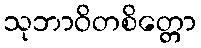
သုဘာဝိတစိတ္တော